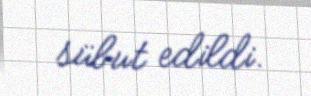
sübut edildi.